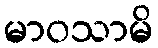
မာဝသာမိ